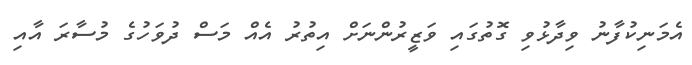
އެމަނިކުފާނު ވިދާޅުވި ގޮތުގައި ވަޒީރުންނަށް އިތުރު އެއް މަސް ދުވަހުގެ މުސާރަ އާއި